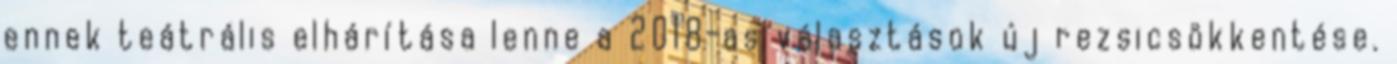
ennek teátrális elhárítása lenne a 2018-as választások új rezsicsökkentése.